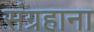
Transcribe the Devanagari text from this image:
संग्रहाना